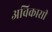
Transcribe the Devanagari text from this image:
अविकासी